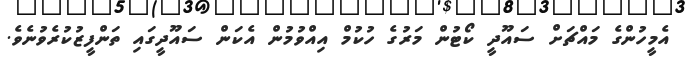
އެމީހުންގެ މައްޗަށް ސައޫދީ ކޯޓުން މަރުގެ ހުކުމް އިއްވުމުން އެކަން ސައޫދީގައި ތަންފީޒުކުރެވުނެވެ.